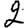
Digit: 2